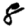
Digit: 8